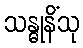
သန္ဓုနိံသု